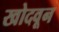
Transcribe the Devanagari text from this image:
खोदवून